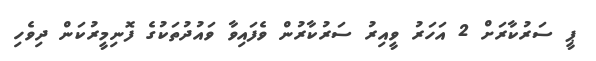
ޕީ ސަރުކާރަށް 2 އަހަރު ވީއިރު ސަރުކާރުން ވެފައިވާ ވައުދުތަކުގެ ފޮނިމީރުކަން ދިވެހި